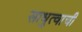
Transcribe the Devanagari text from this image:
साधुत्वाची